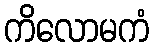
ကိလောမကံ